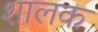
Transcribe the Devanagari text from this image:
शालक